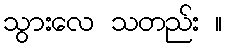
သွားလေ သတည်း ။